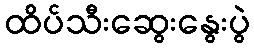
ထိပ်သီးဆွေးနွေးပွဲ